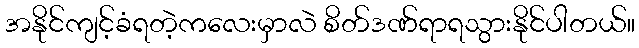
အနိုင်ကျင့်ခံရတဲ့ကလေးမှာလဲ စိတ်ဒဏ်ရာရသွားနိုင်ပါတယ်။